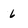
Character: 6